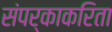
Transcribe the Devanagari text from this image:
संपर्काकरिता